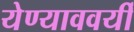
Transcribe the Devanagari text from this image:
येण्याववर्यी